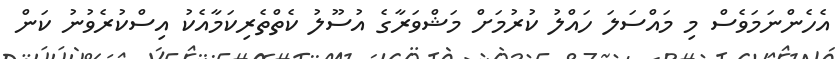
އެހެންނަމަވެސް މި މައްސަލަ ހައްލު ކުރުމަށް މަޝްވަރާގެ އުސޫލު ކެތްތެރިކަމާއެކު އިސްކުރެވުނު ކަން